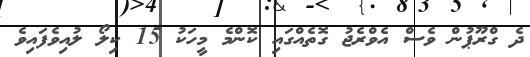
ދެ ގްރޫޕުން ވެސް އެވްރެޖު ގޮތެއްގައި ކޮންމެ މީހަކު 15 ކިލޯ ލުއިވެފައިވެ